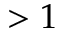
> 1